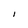
Character: I